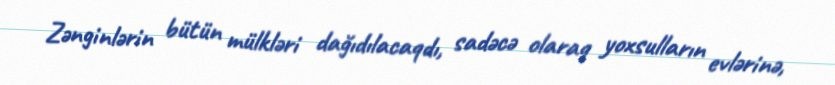
Zənginlərin bütün mülkləri dağıdılacaqdı, sadəcə olaraq yoxsulların evlərinə,